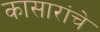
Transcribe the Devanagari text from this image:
कासारांचे